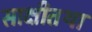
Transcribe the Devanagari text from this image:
साक्षीतथा